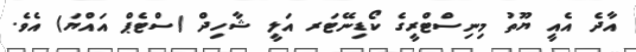
އާދެ އެއީ ޔޫތު މިނިސްޓްރީގެ ކޯޑިނޭޓަރ އަލީ ޝާހިދް (ސްޓެޕް އައްޔަ) އެވެ.